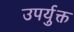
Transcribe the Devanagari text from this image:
उपर्युक्त